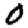
Digit: 0